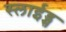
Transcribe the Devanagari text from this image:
स्लाईड्स